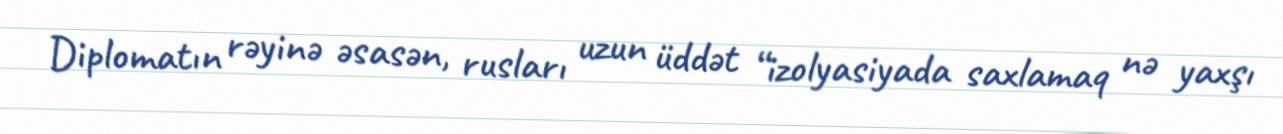
Diplomatın rəyinə əsasən, rusları uzun üddət “izolyasiyada saxlamaq nə yaxşı